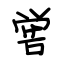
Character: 喾